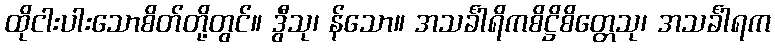
ထိုငါးပါးသောစိတ်တို့တွင်။ ဒွီသု၊ န်သော။ အသင်္ခါရိကစိဋ္ဌိစိတ္တေသု၊ အသင်္ခါရက